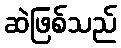
ဆဲဖြစ်သည်